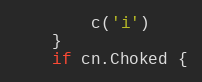
Language: Go
		c('i')
	}
	if cn.Choked {